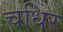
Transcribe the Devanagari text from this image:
चधिर